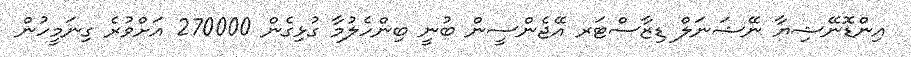
އިންޑޮނޭޝިޔާ ނޭޝަނަލް ޑިޒާސްޓަރ އޭޖެންސީން ބުނީ ބިންހެލުމާ ގުޅިގެން 270000 އަށްވުރެ ގިނަމީހުން